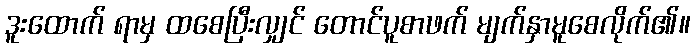
ဒူးထောက် ရာမှ ထစေပြီးလျှင် တောင်ပူစာဖက် မျက်နှာမူစေလိုက်၏။